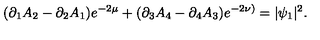
( \partial _ { 1 } A _ { 2 } - \partial _ { 2 } A _ { 1 } ) e ^ { - 2 \mu } + ( \partial _ { 3 } A _ { 4 } - \partial _ { 4 } A _ { 3 } ) e ^ { - 2 \nu ) } = | \psi _ { 1 } | ^ { 2 } .